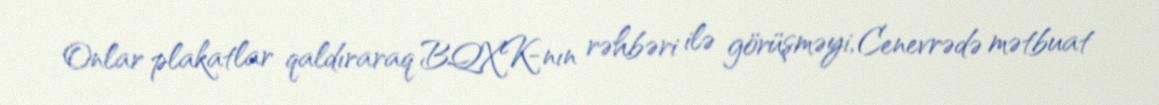
Onlar plakatlar qaldıraraq BQXK-nın rəhbəri ilə görüşməyi, Cenevrədə mətbuat